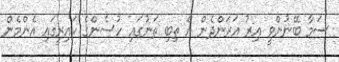
ސަމާ ބޭނުންވީ އިރު އަރަންދެން އެ ތިބި ތަނުގައި ހުސެންގެ ކައިރީގައި އެންމެން